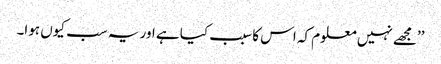
’’مجھے نہیں معلوم کہ اس کا سبب کیا ہے اور یہ سب کیوں ہوا۔